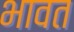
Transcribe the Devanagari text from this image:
भावत